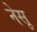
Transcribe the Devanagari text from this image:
नेसू